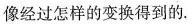
像经过怎样的变换得到的。